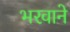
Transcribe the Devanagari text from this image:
भरवाने